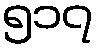
၅၁၇